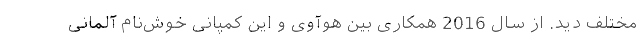
مختلف دید. از سال 2016 همکاری بین هوآوی و این کمپانی خوش‌نام آلمانی